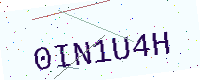
Text: 0IN1U4H